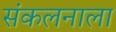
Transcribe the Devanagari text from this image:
संकलनाला